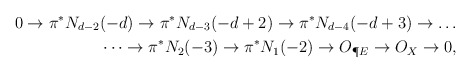
\begin{align*} 0 \to \pi^* N_{d-2} (-d) \to \pi^* N_{d-3}(-d+2) \to \pi^*N_{d-4}(-d+3) \to \dots \\ \dots \to \pi^*N_2(-3) \to \pi^*N_1(-2) \to O_{\P E} \to O_X \to 0, \end{align*}